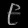
Digit: ၉